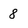
Character: 8